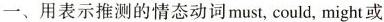
一、用表示推测的情态动词must,could, might或